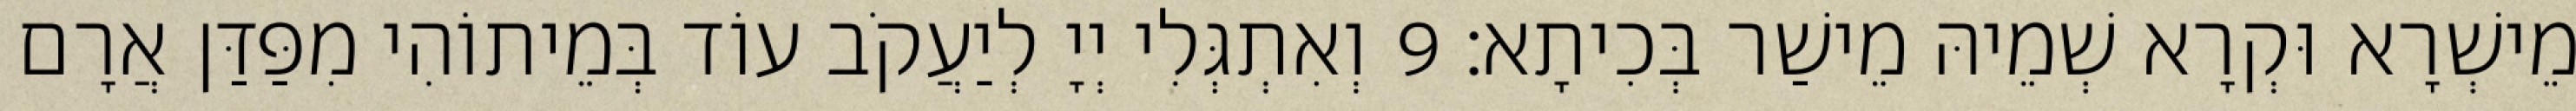
מֵישְׁרָא וּקְרָא שְׁמֵיהּ מֵישַׁר בְּכִיתָא׃ 9 וְאִתְגְּלִי יְיָ לְיַעֲקֹב עוֹד בְּמֵיתוֹהִי מִפַּדַּן אֲרָם